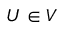
U \in V